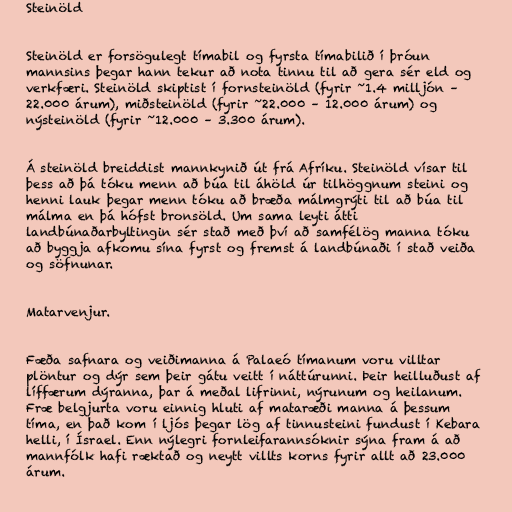
Steinöld

Steinöld er forsögulegt tímabil og fyrsta tímabilið í þróun
mannsins þegar hann tekur að nota tinnu til að gera sér eld og
verkfæri. Steinöld skiptist í fornsteinöld (fyrir ~1.4 milljón –
22.000 árum), miðsteinöld (fyrir ~22.000 – 12.000 árum) og
nýsteinöld (fyrir ~12.000 – 3.300 árum).

Á steinöld breiddist mannkynið út frá Afríku. Steinöld vísar til
þess að þá tóku menn að búa til áhöld úr tilhöggnum steini og
henni lauk þegar menn tóku að bræða málmgrýti til að búa til
málma en þá hófst bronsöld. Um sama leyti átti
landbúnaðarbyltingin sér stað með því að samfélög manna tóku
að byggja afkomu sína fyrst og fremst á landbúnaði í stað veiða
og söfnunar.

Matarvenjur.

Fæða safnara og veiðimanna á Palaeó tímanum voru villtar
plöntur og dýr sem þeir gátu veitt í náttúrunni. Þeir heilluðust af
líffærum dýranna, þar á meðal lifrinni, nýrunum og heilanum.
Fræ belgjurta voru einnig hluti af mataræði manna á þessum
tíma, en það kom í ljós þegar lög af tinnusteini fundust í Kebara
helli, í Ísrael. Enn nýlegri fornleifarannsóknir sýna fram á að
mannfólk hafi ræktað og neytt villts korns fyrir allt að 23.000
árum.